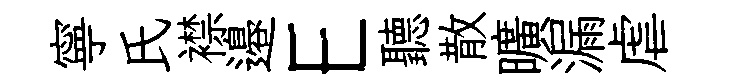
寧氏襟邉E聽散曠漏虐